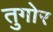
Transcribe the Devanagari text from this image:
तुगोर